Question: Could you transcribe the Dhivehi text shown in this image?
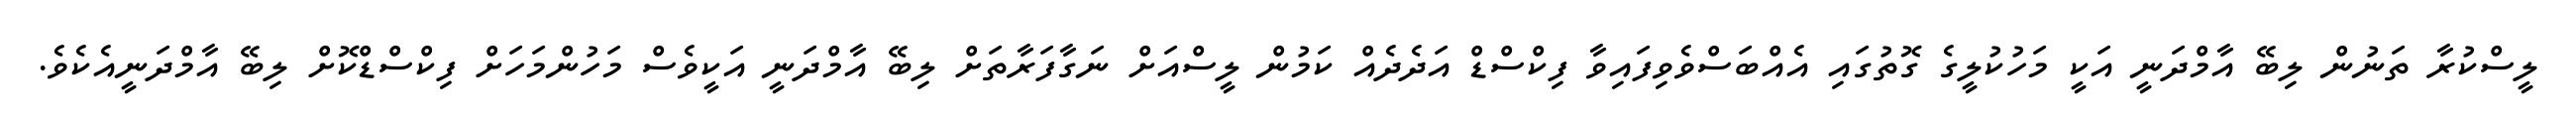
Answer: ލީސްކުރާ ތަނުން ލިބޭ އާމްދަނީ އަކީ މަހުކުލީގެ ގޮތުގައި އެއްބަސްވެވިފައިވާ ފިކްސްޑް އަދެދެއް ކަމުން ލީސްއަށް ނަގާފަރާތަށް ލިބޭ އާމްދަނީ އަކީވެސް މަހުންމަހަށް ފިކްސްޑްކޮށް ލިބޭ އާމްދަނީއެކެވެ.